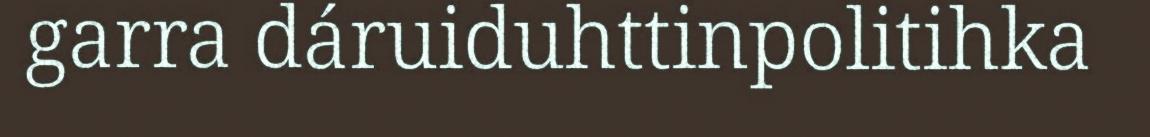
garra dáruiduhttinpolitihka